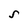
Character: S